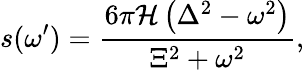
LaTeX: s(\omega^{\prime})=\frac{6\pi\mathcal{H}\left(\Delta^{2}-\omega^{2}\right)}{\Xi^{2}+\omega^{2}},